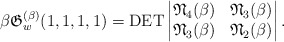
\begin{gather*} \beta \mathfrak{G}_{w}^{(\beta)}(1,1,1,1)= \operatorname{DET} \left | \begin{matrix}\mathfrak{N}_4(\beta) & \mathfrak{N}_3(\beta) \\\mathfrak{N}_3(\beta) & \mathfrak{N}_2(\beta)\end{matrix} \right |.\end{gather*}